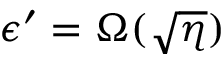
\epsilon ^ { \prime } = \Omega ( \sqrt { \eta } )